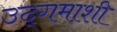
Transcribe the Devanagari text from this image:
उद्‌गमाशी